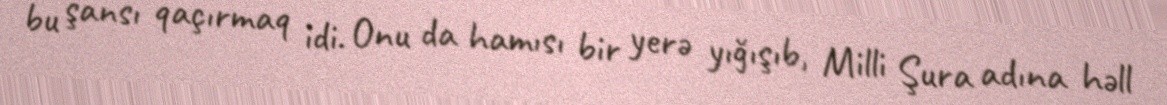
bu şansı qaçırmaq idi. Onu da hamısı bir yerə yığışıb, Milli Şura adına həll